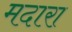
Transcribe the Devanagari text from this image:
मदारा